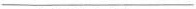
_____________